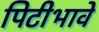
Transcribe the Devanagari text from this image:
पिटीभावे